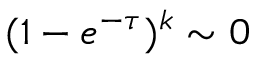
( 1 - e ^ { - \tau } ) ^ { k } \sim 0